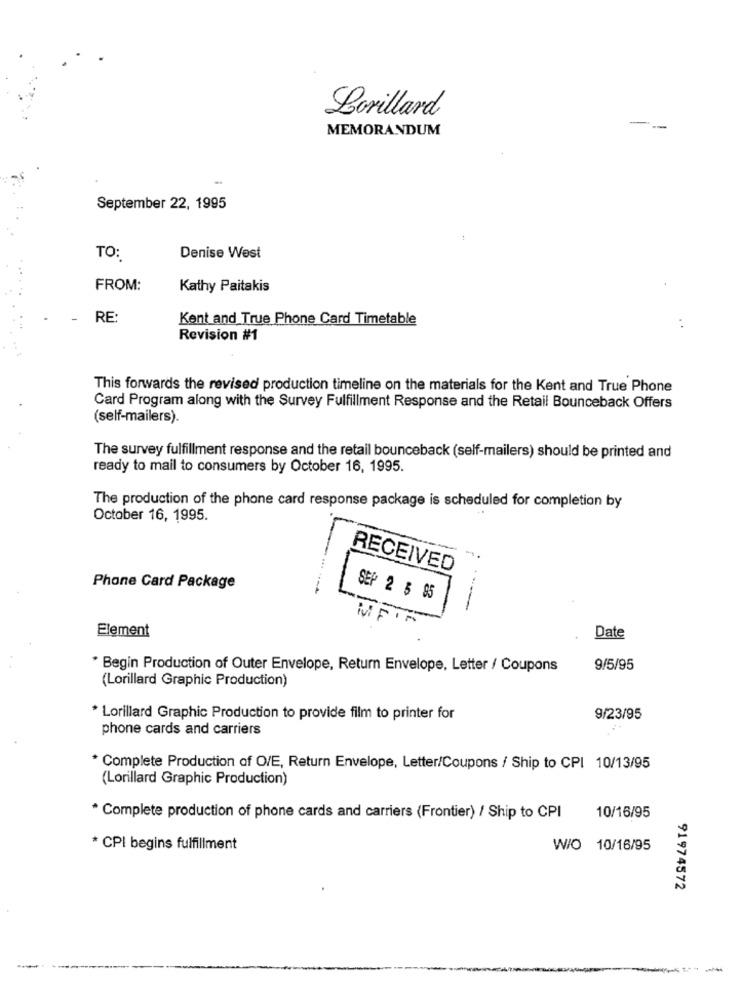
Lorillard
-
MEMORANDUM
September 22, 1995
TO:
Denise West
FROM:
Kathy Paitakis
RE:
Kent and True Phone Card Timetable
. .
Revision #1
This forwards the revised production timeline on the materials for the Kent and True Phone
Card Program along with the Survey Fulfillment Response and the Retail Bounceback Offers
(self-mailers).
The survey fulfillment response and the retail bounceback (self-mailers) should be printed and
ready to mail to consumers by October 16, 1995.
The production of the phone card response package is scheduled for completion by
October 16, 1995.
RECEIVED
Phone Card Package
SEP 2 $ $5
Element
Date
* Begin Production of Outer Envelope, Return Envelope, Letter / Coupons
9/5/95
(Lorillard Graphic Production)
* Lorillard Graphic Production to provide film to printer for
9/23/95
phone cards and carriers
* Complete Production of O/E, Return Envelope, Letter/Coupons / Ship to CPI 10/13/95
(Lorillard Graphic Production)
* Complete production of phone cards and carriers (Frontier) / Ship to CPI
10/16/95
* CPI begins fulfillment
W/O 10/16/95
91974572